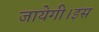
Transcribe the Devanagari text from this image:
जायेगी।इस